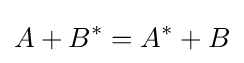
A+B^{*}=A^{*}+B